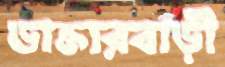
ডাক্তারবাড়ী